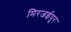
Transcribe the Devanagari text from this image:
मिरजईपुर